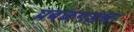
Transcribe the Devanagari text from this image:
प्रबळगडचा